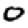
Digit: 0